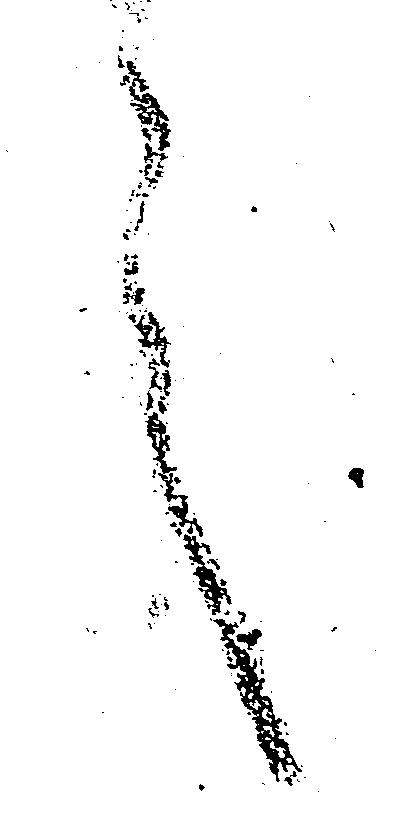
言